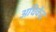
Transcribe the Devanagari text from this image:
अघिकेंद्र